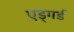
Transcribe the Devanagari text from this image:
एड्गर्ड